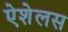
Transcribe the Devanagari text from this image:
ऐशेलस